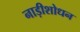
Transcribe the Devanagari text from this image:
नाड़ीशोधन